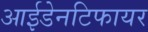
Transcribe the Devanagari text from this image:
आईडेनटिफायर